Anatomy and histology of ticks - Number 23
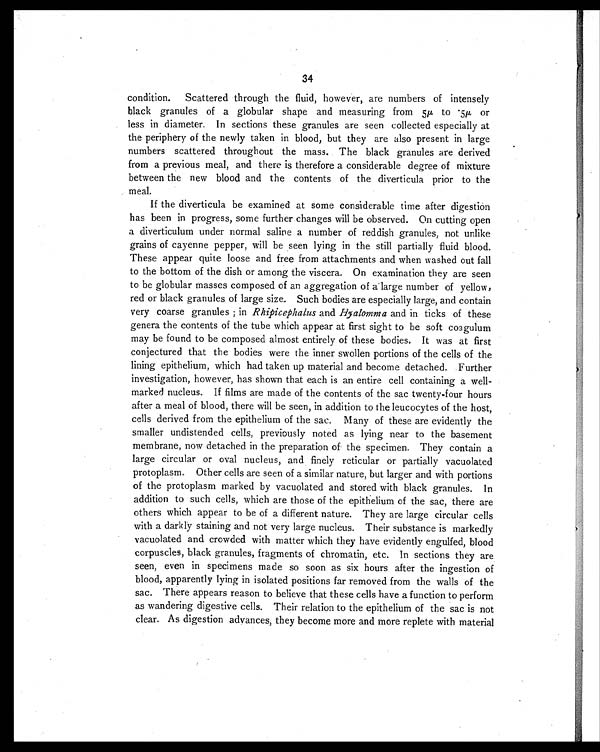
34
condition. Scattered through the fluid, however, are numbers of intensely
black granules of a globular shape and measuring from 5 µ to .5µ or
less in diameter. In sections these granules are seen collected especially at
the periphery of the newly taken in blood, but they are also present in large
numbers scattered throughout the mass. The black granules are derived
from a previous meal, and there is therefore a considerable degree of mixture
between the new blood and the contents of the diverticula prior to the
meal.
If the diverticula be examined at some considerable time after digestion
has been in progress, some further changes will be observed. On cutting open
a diverticulum under normal saline a number of reddish granules, not unlike
grains of cayenne pepper, will be seen lying in the still partially fluid blood.
These appear quite loose and free from attachments and when washed out fall
to the bottom of the dish or among the viscera. On examination they are seen
to be globular masses composed of an aggregation of a large number of yellow,
red or black granules of large size. Such bodies are especially large, and contain
very coarse granules ; in Rhipicephalus and Hyalomma and in ticks of these
genera the contents of the tube which appear at first sight to be soft coagulum
may be found to be composed almost entirely of these bodies. It was at first
conjectured that the bodies were the inner swollen portions of the cells of the
lining epithelium, which had taken up material and become detached. Further
investigation, however, has shown that each is an entire cell containing a well-
marked nucleus. If films are made of the contents of the sac twenty-four hours
after a meal of blood, there will be seen, in addition to the leucocytes of the host,
cells derived from the epithelium of the sac. Many of these are evidently the
smaller undistended cells, previously noted as lying near to the basement
membrane, now detached in the preparation of the specimen. They contain a
large circular or oval nucleus, and finely reticular or partially vacuolated
protoplasm. Other cells are seen of a similar nature, but larger and with portions
of the protoplasm marked by vacuolated and stored with black granules. In
addition to such cells, which are those of the epithelium of the sac, there are
others which appear to be of a different nature. They are large circular cells
with a darkly staining and not very large nucleus. Their substance is markedly
vacuolated and crowded with matter which they have evidently engulfed, blood
corpuscles, black granules, fragments of chromatin, etc. In sections they are
seen, even in specimens made so soon as six hours after the ingestion of
blood, apparently lying in isolated positions far removed from the walls of the
sac. There appears reason to believe that these cells have a function to perform
as wandering digestive cells. Their relation to the epithelium of the sac is not
clear. As digestion advances, they become more and more replete with material